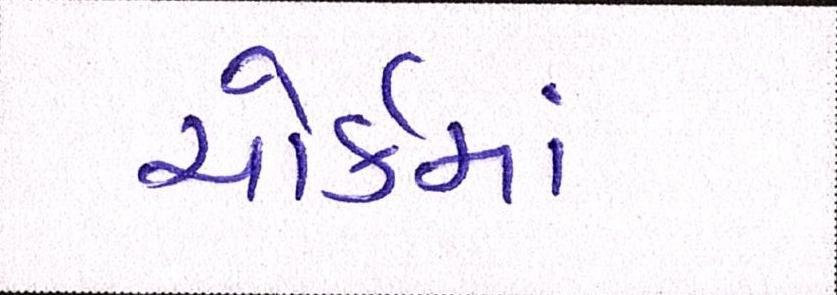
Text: યોર્કમાં